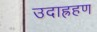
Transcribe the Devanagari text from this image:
उदाह्रहण